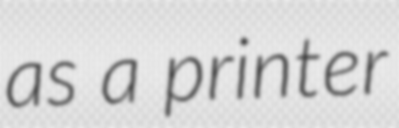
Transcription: as a printer